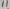
Text: 11